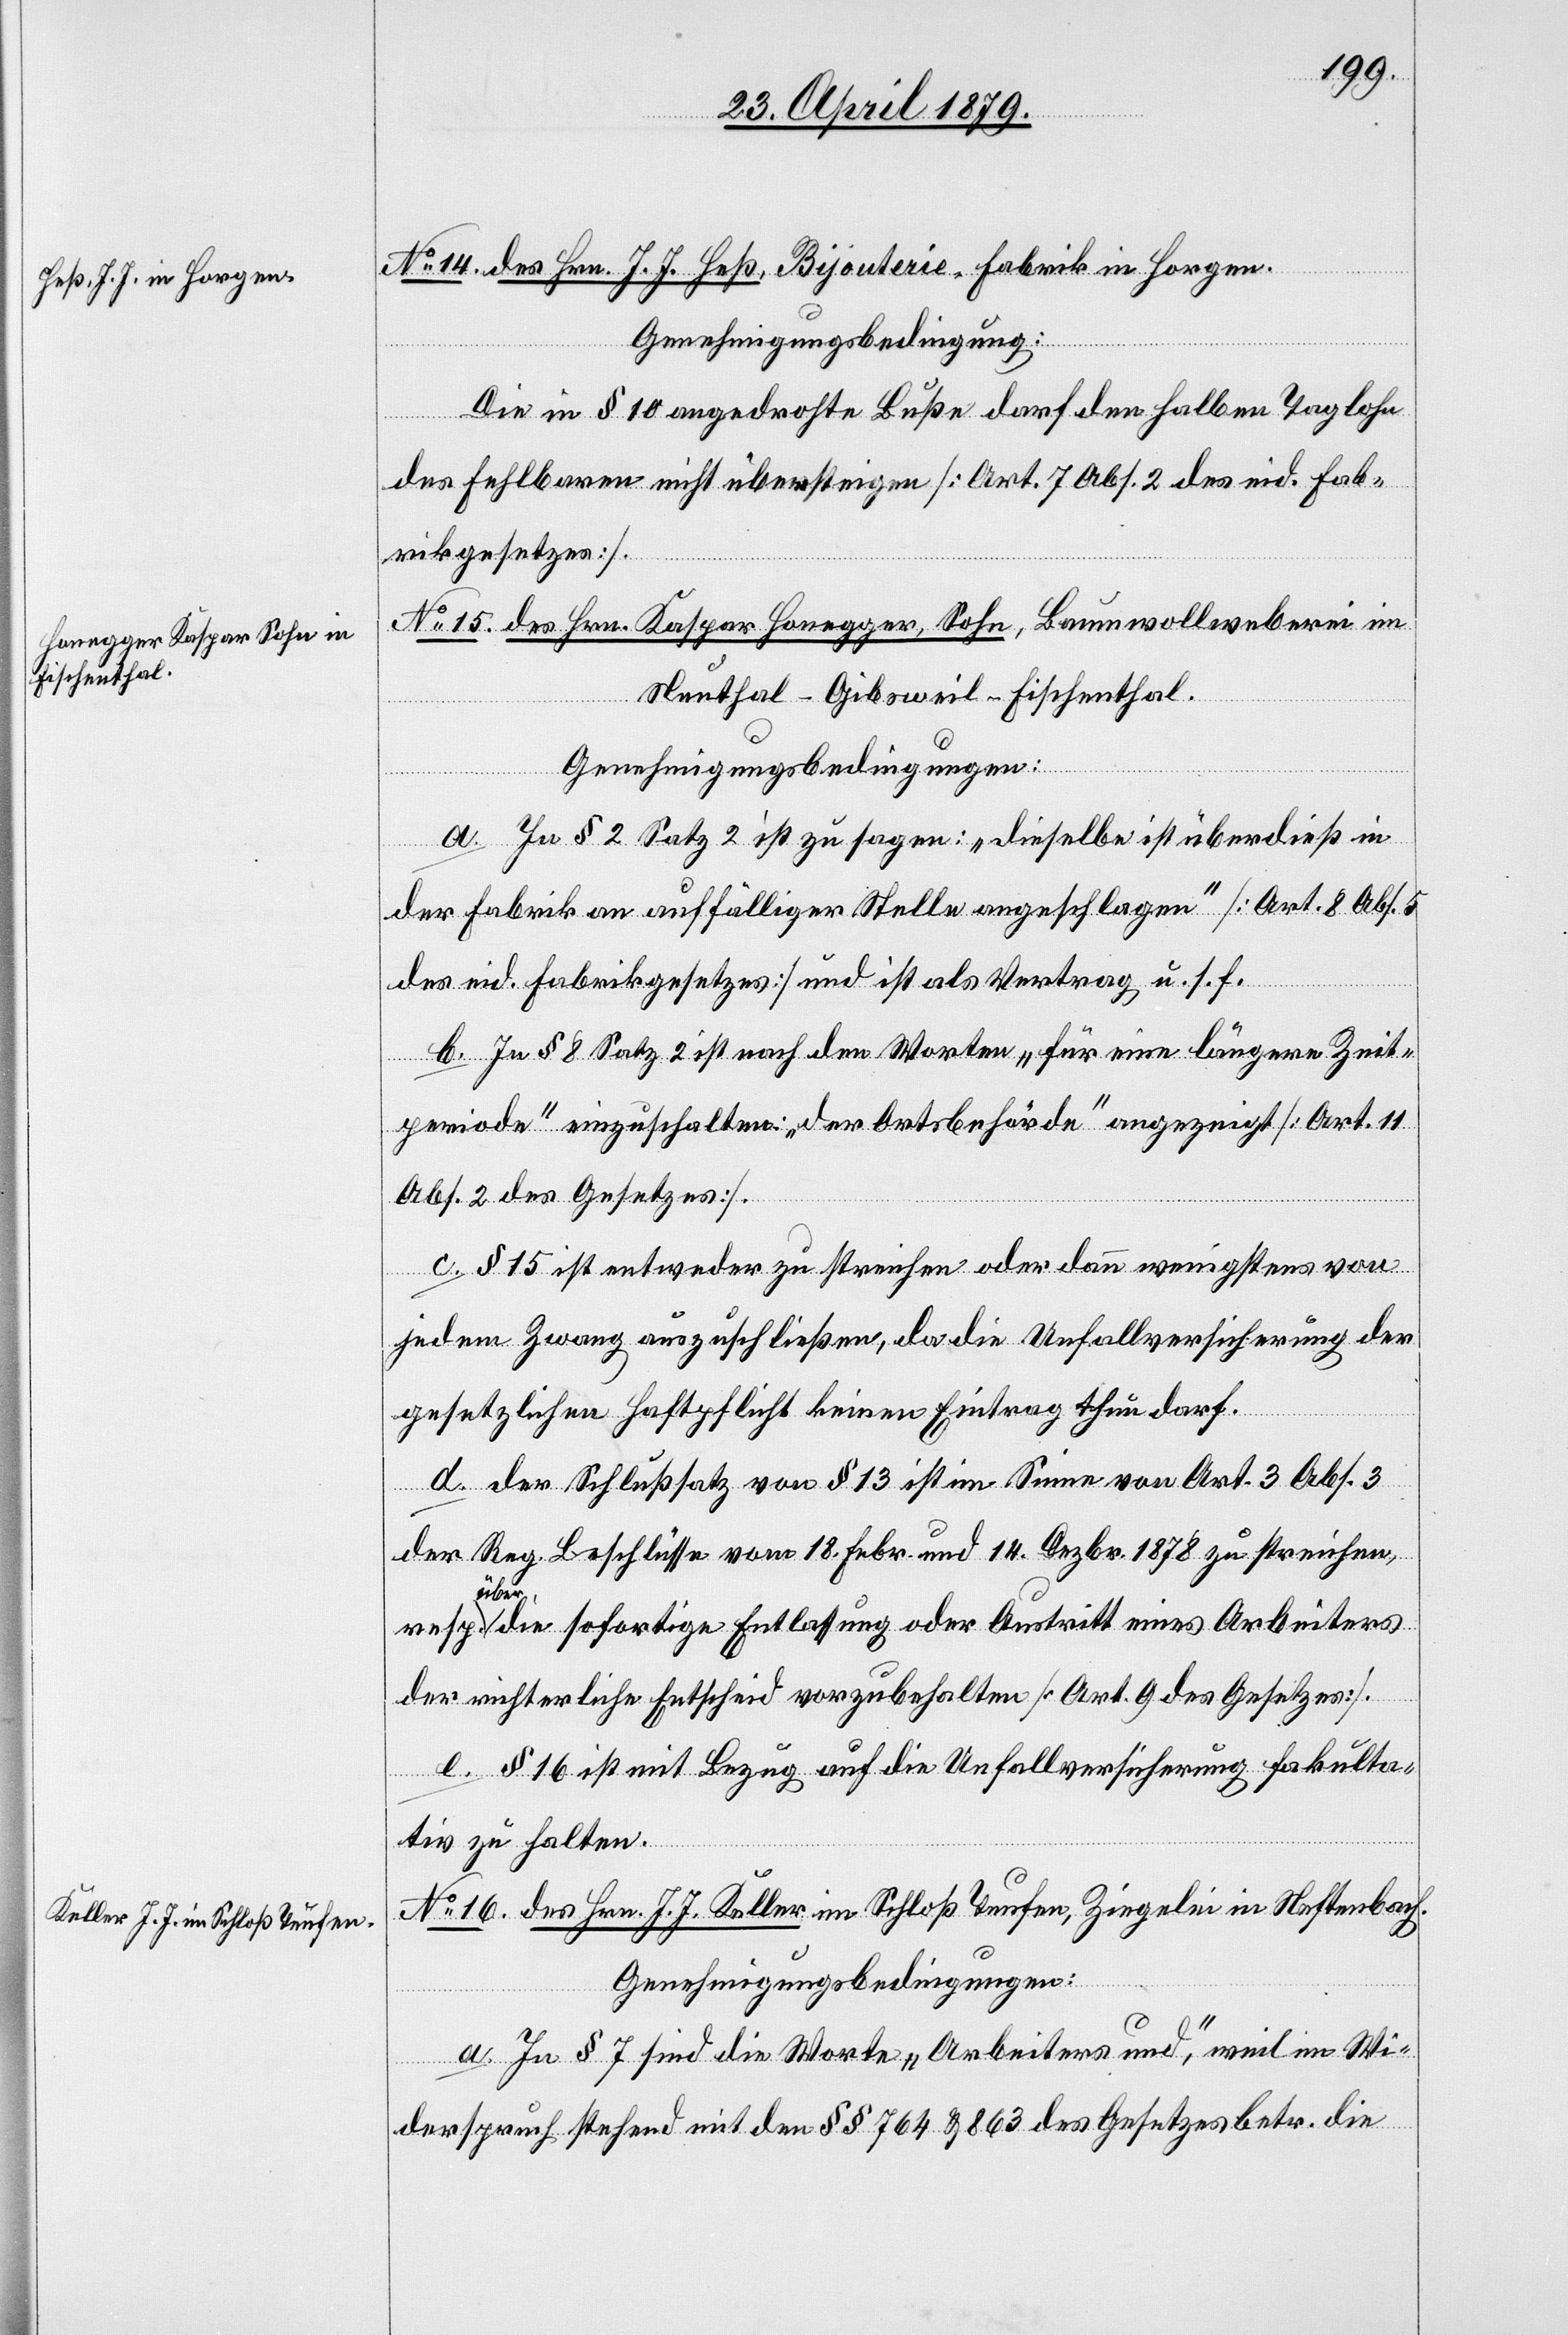
No 14. des Hrn. J. J. Heß, Bijouterie-Fabrik in Horgen.
Genehmigungsbedingung:
Die in § 10 angedrohte Buße darf den halben Taglohn
des Fehlbaren nicht übersteigen [Art. 7 Abs. 2 des eid. Fab¬
rikgesetzes].
No 15. des Hrn. Kaspar Honegger, Sohn, Baumwollweberei im
Neuthal - Gibsweil - Fischenthal.
Genehmigungsbedingungen:
a. In § 2 Satz 2 ist zu sagen: „Dieselbe ist überdieß in
der Fabrik an auffälliger Stelle angeschlagen“ [Art. 8 Abs. 5
des eid. Fabrikgesetzes] und ist als Vertrag u. s. f.
b. In § 8 Satz 2 ist nach den Worten „für eine längere Zeit¬
periode“ einzuschalten: „der Ortsbehörde“ angezeigt [Art. 11
Abs. 2 des Gesetzes].
c. § 15 ist entweder zu streichen oder dann wenigstens von
jedem Zwang auszuschließen, da die Unfallversicherung der
gesetzlichen Haftpflicht keinen Eintrag thun darf.
d. Der Schlußsatz von § 13 ist im Sinne von Art. 3 Abs. 3
der Reg. Beschlüsse vom 18. Febr. und 14. Dezbr. 1878 zu streichen,
resp.
über die sofortige Entlassung oder Austritt eines Arbeiters
der richterliche Entscheid vorzubehalten [Art. 9 des Gesetzes].
e. § 16 ist mit Bezug auf die Unfallversicherung fakulta¬
tiv zu halten.
No 16. des Hrn. J. J. Keller im Schloß Teufen, Ziegelei in Neftenbach.
Genehmigungsbedingungen:
a. In § 7 sind die Worte „Arbeiters und“, weil im Wi¬
derspruch stehend mit den §§ 764 & 863 des Gesetzes betr. die